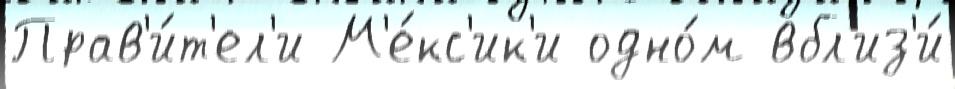
Прав'и́т'ел'и М'е́кс'ик'и одно́м вбл'из'и́